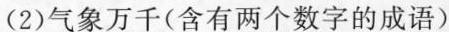
(2)气象万千(含有两个数字的成语)